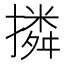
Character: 撛